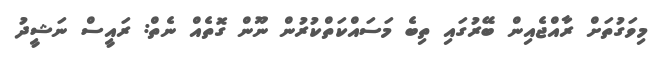
މިވަގުތަށް ރާއްޖެއިން ބޭރުގައި ތިބެ މަސައްކަތްކުރުން ނޫން ގޮތެއް ނެތް: ރައީސް ނަޝީދު